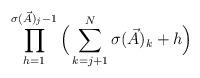
LaTeX: \begin{align*} \prod_{h=1}^{\sigma(\vec{A})_j -1} \Big( \sum_{k=j+1}^N \sigma(\vec{A})_k + h \Big) \end{align*}